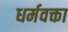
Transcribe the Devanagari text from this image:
धर्मवक्ता